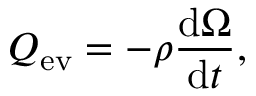
Q _ { \mathrm { e v } } = - \rho \frac { \mathrm { d } \Omega } { \mathrm { d } t } ,